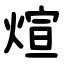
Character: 煊